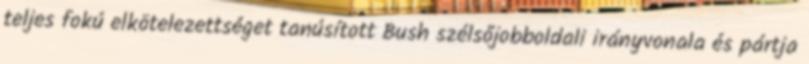
teljes fokú elkötelezettséget tanúsított Bush szélsőjobboldali irányvonala és pártja